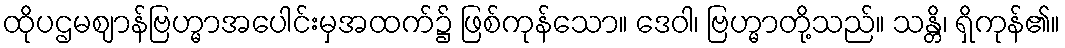
ထိုပဌမဈာန်ဗြဟ္မာအပေါင်းမှအထက်၌ ဖြစ်ကုန်သော။ ဒေဝါ၊ ဗြဟ္မာတို့သည်။ သန္တိ၊ ရှိကုန်၏။